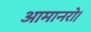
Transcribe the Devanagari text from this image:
आमानरो।